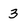
Character: 3